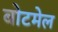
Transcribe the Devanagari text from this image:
बोटमेल